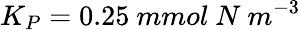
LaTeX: K_{P}=0.25~mmol~N~m^{-3}